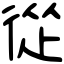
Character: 從